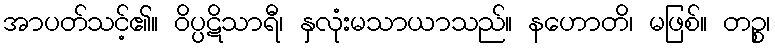
အာပတ်သင့်၏။ ဝိပ္ပဋိသာရီ၊ နှလုံးမသာယာသည်။ နဟောတိ၊ မဖြစ်။ တဉ္စ၊